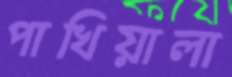
পাখিয়ালা